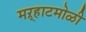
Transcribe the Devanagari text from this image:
मऱ्हाटमोळी